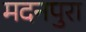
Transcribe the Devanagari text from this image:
मदनपुरा